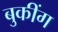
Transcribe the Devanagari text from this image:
बुकींग